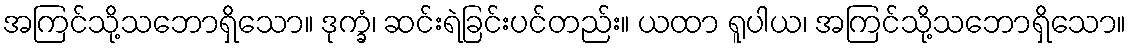
အကြင်သို့သဘောရှိသော။ ဒုက္ခံ၊ ဆင်းရဲခြင်းပင်တည်း။ ယထာ ရူပါယ၊ အကြင်သို့သဘောရှိသော။